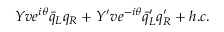
Y v e ^ { i \theta } \bar { q } _ { L } q _ { R } + Y ^ { \prime } v e ^ { - i \theta } \bar { q } _ { L } ^ { \prime } q _ { R } ^ { \prime } + h . c .